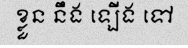
ខ្លួន នឹង ឡើង ទៅ